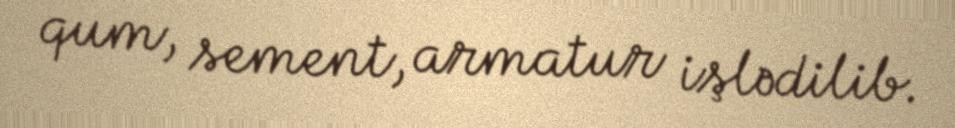
qum, sement, armatur işlədilib.